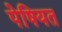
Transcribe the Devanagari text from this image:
पेषियत